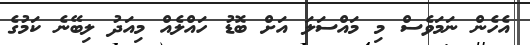
އެހެން ނަމަވެސް މި މައްސަލަ އަށް ބޮޑު ހައްލެއް މިއަދު ލިބޭނެ ކަމުގެ